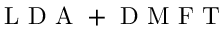
\mathrm { ~ L ~ D ~ A ~ + ~ D ~ M ~ F ~ T ~ }